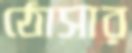
ঠোসার